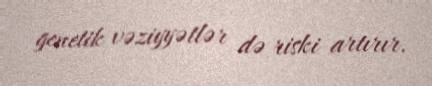
genetik vəziyyətlər də riski artırır.